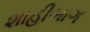
શાહીબાગ